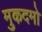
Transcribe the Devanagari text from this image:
मुकदमो